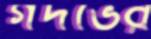
গর্দভের